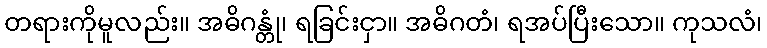
တရားကိုမူလည်း။ အဓိဂန္တုံ၊ ရခြင်းငှာ။ အဓိဂတံ၊ ရအပ်ပြီးသော။ ကုသလံ၊